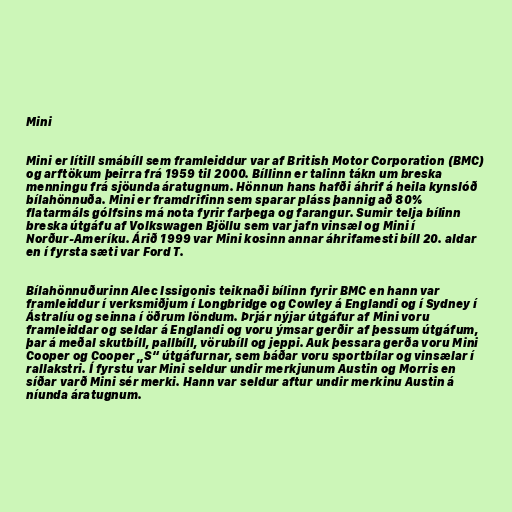
Mini

Mini er lítill smábíll sem framleiddur var af British Motor Corporation (BMC)
og arftökum þeirra frá 1959 til 2000. Bíllinn er talinn tákn um breska
menningu frá sjöunda áratugnum. Hönnun hans hafði áhrif á heila kynslóð
bílahönnuða. Mini er framdrifinn sem sparar pláss þannig að 80%
flatarmáls gólfsins má nota fyrir farþega og farangur. Sumir telja bílinn
breska útgáfu af Volkswagen Bjöllu sem var jafn vinsæl og Mini í
Norður-Ameríku. Árið 1999 var Mini kosinn annar áhrifamesti bíll 20. aldar
en í fyrsta sæti var Ford T.

Bílahönnuðurinn Alec Issigonis teiknaði bílinn fyrir BMC en hann var
framleiddur í verksmiðjum í Longbridge og Cowley á Englandi og í Sydney í
Ástralíu og seinna í öðrum löndum. Þrjár nýjar útgáfur af Mini voru
framleiddar og seldar á Englandi og voru ýmsar gerðir af þessum útgáfum,
þar á meðal skutbíll, pallbíll, vörubíll og jeppi. Auk þessara gerða voru Mini
Cooper og Cooper „S“ útgáfurnar, sem báðar voru sportbílar og vinsælar í
rallakstri. Í fyrstu var Mini seldur undir merkjunum Austin og Morris en
síðar varð Mini sér merki. Hann var seldur aftur undir merkinu Austin á
níunda áratugnum.